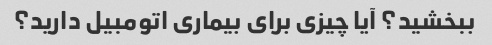
ببخشید؟ آیا چیزی برای بیماری اتومبیل دارید؟